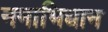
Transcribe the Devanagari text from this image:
नमाभिधान